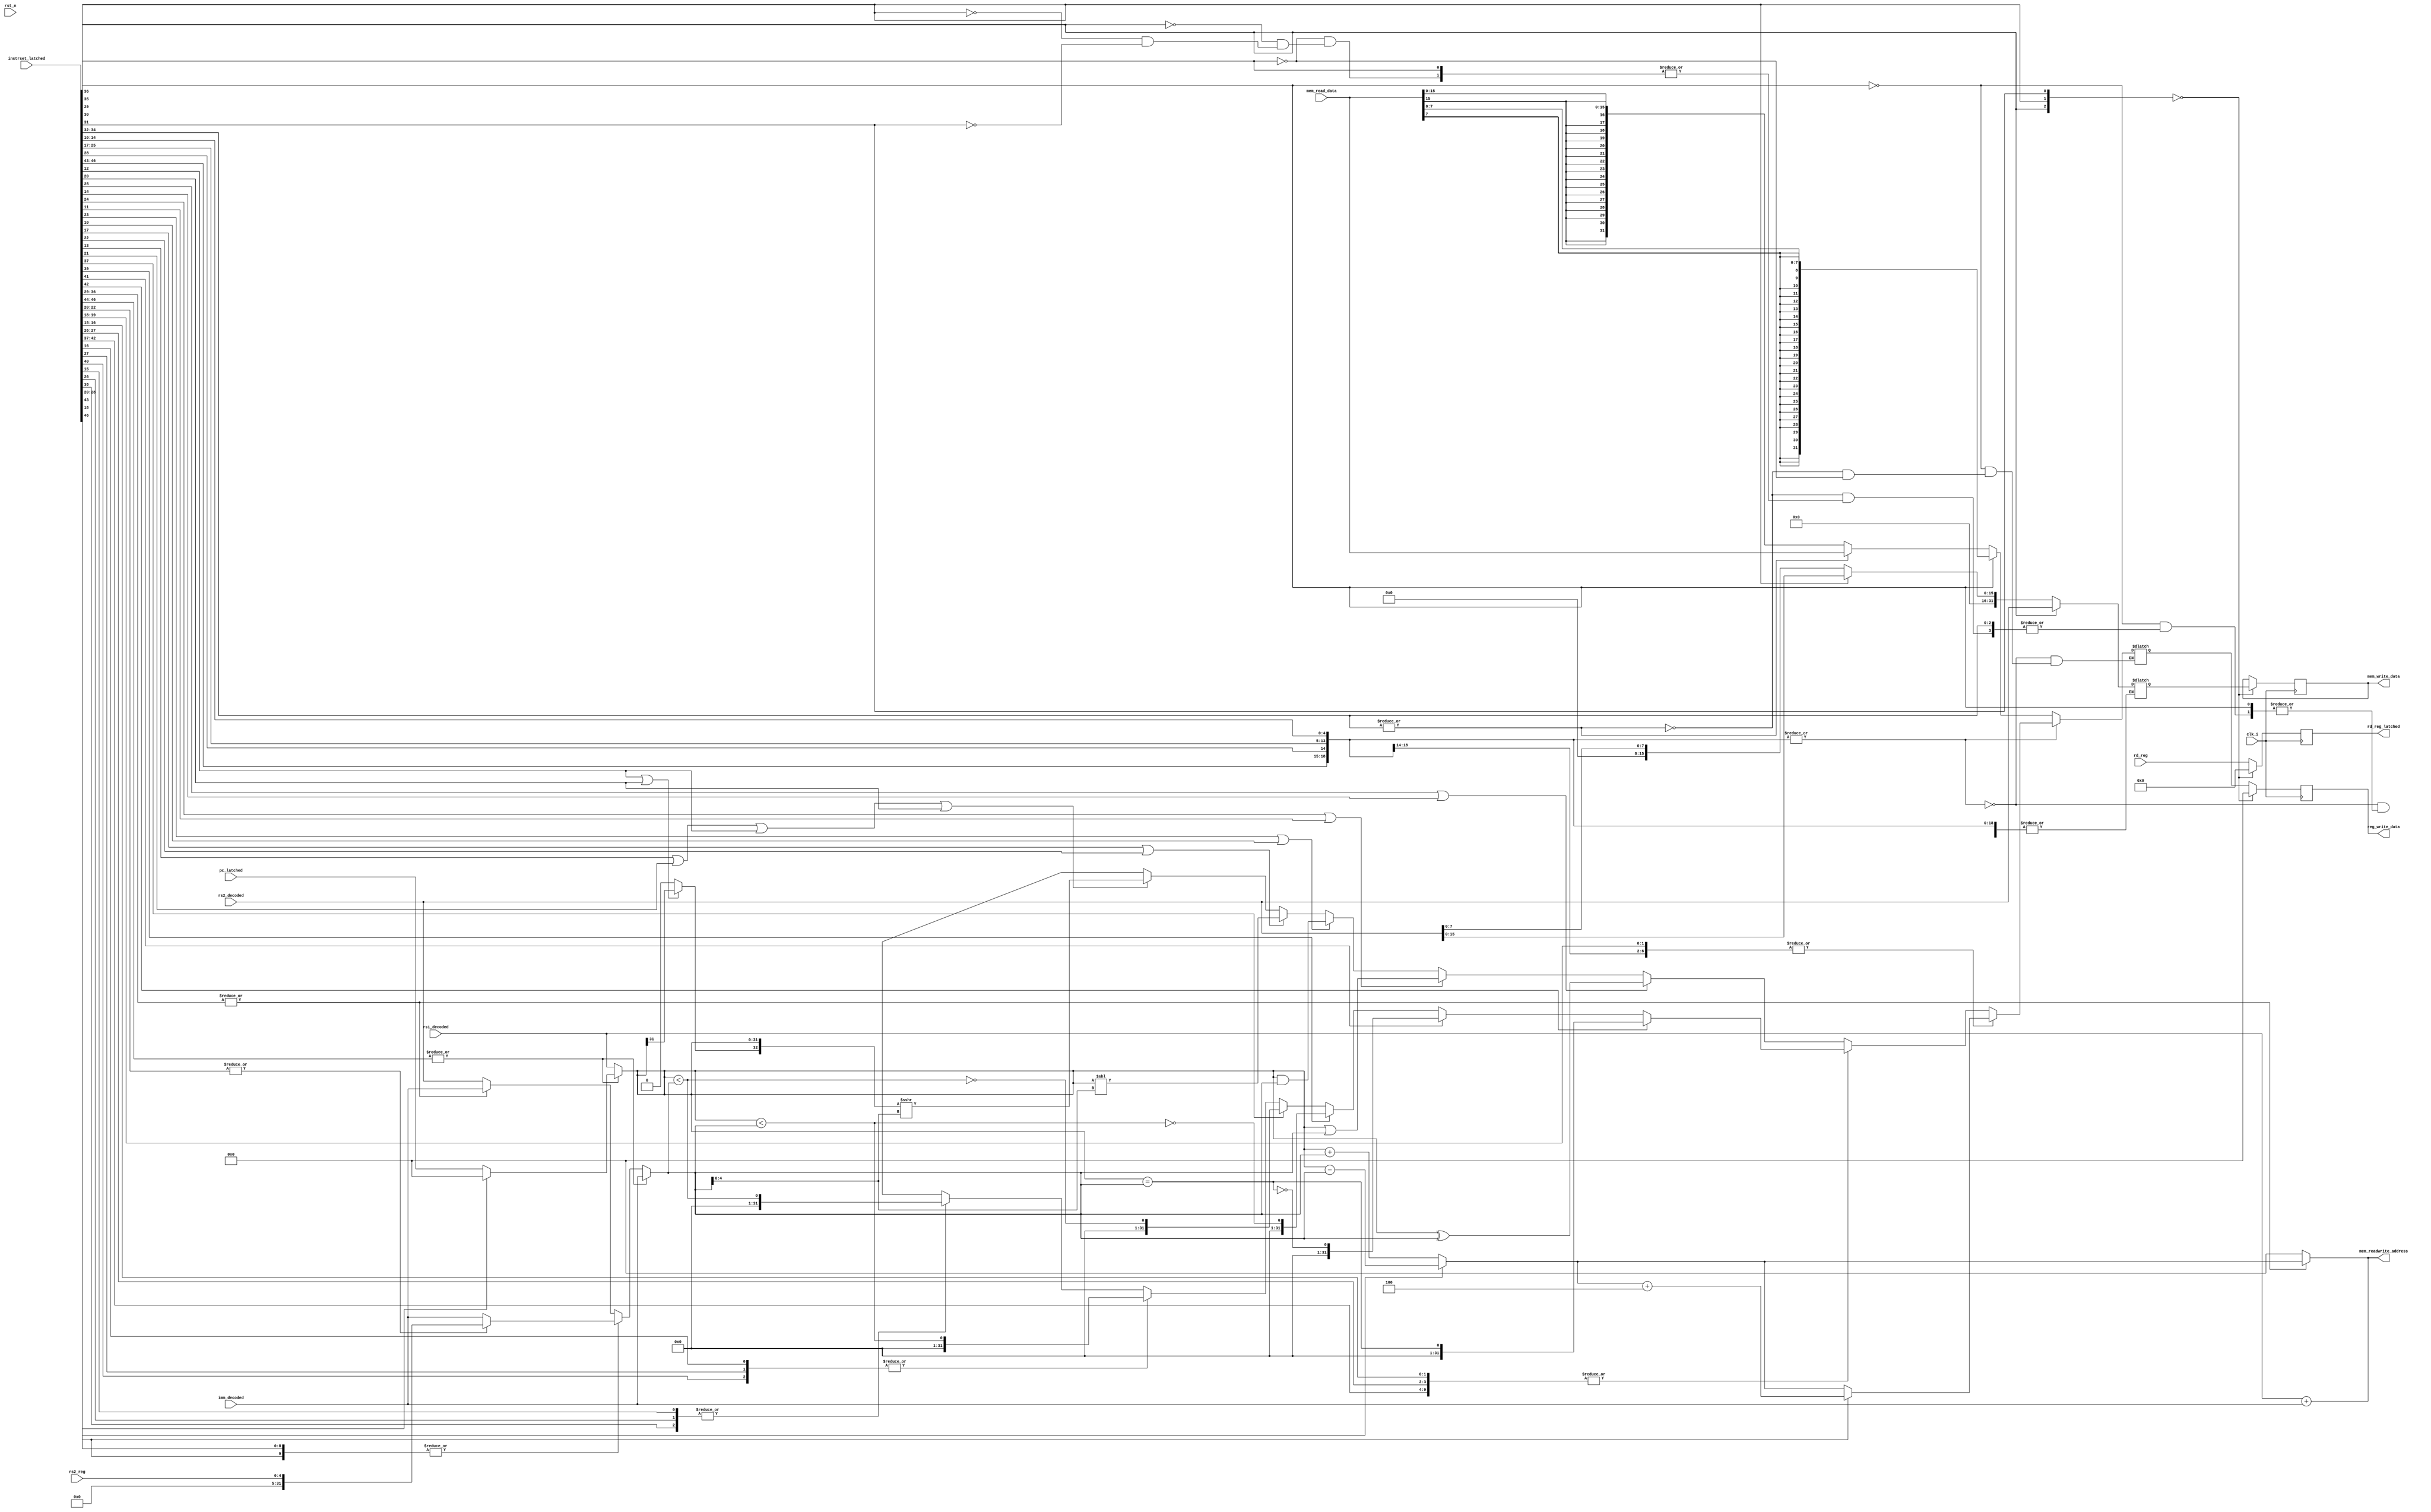
module priRV32_EXU( 
    input clk_i,
    input rst_n,
    output reg[31:0] mem_readwrite_address,
    input [31:0] mem_read_data,
    output reg[31:0] mem_write_data,
    output reg [4:0] rd_reg_latched,
    output reg[31:0] reg_write_data,
    input [31:0] imm_decoded,
    input [31:0] rs1_decoded,
    input [31:0] rs2_decoded,
    input [31:0] pc_latched,
    input [4:0] rs2_reg,
    input [4:0] rd_reg,
    input [46:0] instrset_latched
);

    wire instr_lui, instr_auipc, instr_jal, instr_jalr;
    wire instr_beq, instr_bne, instr_blt, instr_bge, instr_bltu, instr_bgeu;
    wire instr_lb, instr_lh, instr_lw, instr_lbu, instr_lhu, instr_sb, instr_sh, instr_sw;
    wire instr_addi, instr_slti, instr_sltiu, instr_xori, instr_ori, instr_andi, instr_slli, instr_srli, instr_srai;
    wire instr_add, instr_sub, instr_sll, instr_slt, instr_sltu, instr_xor, instr_srl, instr_sra, instr_or, instr_and;
    wire instr_fence, instr_fencei, instr_ecall, instr_ebreak, is_beq_bne_blt_bge_bltu_bgeu;
    wire instr_csrrw, instr_csrrs, instr_csrrc, instr_csrrwi, instr_csrrsi, instr_csrrci;
    wire is_lui_auipc_jal, is_lb_lh_lw_lbu_lhu, is_slli_srli_srai, is_jalr_addi_slti_sltiu_xori_ori_andi, is_sb_sh_sw;

    assign  {instr_lui, instr_auipc, instr_jal, instr_jalr, instr_beq, instr_bne, instr_blt, instr_bge
            , instr_bltu, instr_bgeu, instr_lb, instr_lh, instr_lw, instr_lbu, instr_lhu, instr_sb, instr_sh
            , instr_sw, instr_addi, instr_slti, instr_sltiu, instr_xori, instr_ori, instr_andi, instr_slli
            , instr_srli, instr_srai, instr_add, instr_sub, instr_sll, instr_slt, instr_sltu, instr_xor
            , instr_srl, instr_sra, instr_or, instr_and, instr_fence, instr_fencei, instr_ecall
            , instr_ebreak, instr_csrrw, instr_csrrs, instr_csrrc, instr_csrrwi, instr_csrrsi, instr_csrrci} = instrset_latched;
    assign is_beq_bne_blt_bge_bltu_bgeu = |{instr_beq, instr_bne, instr_blt, instr_bge, instr_bltu, instr_bgeu};
    assign is_lui_auipc_jal = |{instr_lui, instr_auipc, instr_jal};
    assign is_lb_lh_lw_lbu_lhu = |{instr_lb, instr_lh, instr_lw, instr_lbu, instr_lhu};
    assign is_slli_srli_srai = |{instr_slli, instr_srli, instr_srai};
    assign is_jalr_addi_slti_sltiu_xori_ori_andi = |{instr_jalr, instr_addi, instr_slti, instr_sltiu, instr_xori, instr_ori, instr_andi};
    assign is_sb_sh_sw = |{instr_sb, instr_sh, instr_sw};

    reg [31:0] alu_out, alu_add_sub, alu_shl, alu_shr, reg_op1, reg_op2, reg_out, mem_out;
    reg alu_eq, alu_ltu, alu_lts;
    always @* begin
        mem_readwrite_address <= rs1_decoded + imm_decoded;
        /* ALU shift, addition, subtraction and comparison calculations */
        alu_add_sub <= instr_sub ? reg_op1 - reg_op2 : reg_op1 + reg_op2;
        alu_eq <= reg_op1 == reg_op2;
        alu_lts <= $signed(reg_op1) < $signed(reg_op2);
        alu_ltu <= reg_op1 < reg_op2;
        alu_shl <= reg_op1 << reg_op2[4:0];
        alu_shr <= $signed({instr_sra || instr_srai ? reg_op1[31] : 1'b0, reg_op1}) >>> reg_op2[4:0];
        /* ALU output data processing */
        alu_out <= 'bx;
        case (1'b1)
			|{instr_lui, instr_auipc, instr_jal, instr_jalr, instr_addi, instr_add, instr_sub}:
				alu_out <= instr_jalr ? alu_add_sub + 32'd4 : alu_add_sub;
			|{is_beq_bne_blt_bge_bltu_bgeu, instr_slti, instr_slt, instr_sltiu, instr_sltu}: begin
                case (1'b1)
                    instr_beq:
                        alu_out <= alu_eq;
                    instr_bne:
                        alu_out <= !alu_eq;
                    instr_bge:
                        alu_out <= !alu_lts;
                    instr_bgeu:
                        alu_out <= !alu_ltu;
                    |{instr_slti, instr_blt, instr_slt}:
                        alu_out <= alu_lts;
                    |{instr_sltiu, instr_bltu, instr_sltu}:
                        alu_out <= alu_ltu;
                endcase
            end
			instr_xori || instr_xor:
				alu_out <= reg_op1 ^ reg_op2;
			instr_ori || instr_or:
				alu_out <= reg_op1 | reg_op2;
			instr_andi || instr_and:
				alu_out <= reg_op1 & reg_op2;
			instr_sll || instr_slli:
				alu_out <= alu_shl;
			instr_srl || instr_srli || instr_sra || instr_srai:
				alu_out <= alu_shr;
		endcase
    end

    /* ALU incoming value selection */
    always @(*) begin
        reg_op1 <= rs1_decoded;
        reg_op2 <= rs2_decoded;
        case (1'b1)
            is_lui_auipc_jal: begin
                reg_op1 <= instr_lui ? 0 : pc_latched;
                reg_op2 <= imm_decoded;
            end
            |{is_jalr_addi_slti_sltiu_xori_ori_andi, is_slli_srli_srai}:
                reg_op2 <= is_slli_srli_srai ? rs2_reg : imm_decoded;
            |{is_lb_lh_lw_lbu_lhu, is_sb_sh_sw}:
                reg_op2 <= imm_decoded;
        endcase
    end

    always @(*) begin
        if (|{is_lb_lh_lw_lbu_lhu, is_sb_sh_sw})
            mem_readwrite_address <= alu_add_sub;
        else
            mem_readwrite_address <= 32'b0;
    end

    always @(*) begin
        case (1'b1)
            |{instr_lui, instr_auipc, instr_jal, instr_jalr, instr_addi, instr_add, instr_sub
            , instr_xori, instr_xor, instr_ori, instr_or, instr_andi, instr_and, instr_sll, instr_slli
            , instr_srl, instr_srli, instr_sra, instr_srai}:
                reg_out <= alu_out;
            instr_lb:
                reg_out <= $signed(mem_read_data[7:0]);
            |{instr_lbu, instr_lhu, instr_lw}:
                reg_out <= mem_read_data;
			instr_lh:
                reg_out <= $signed(mem_read_data[15:0]);
            instr_sw:
                mem_out <= rs2_decoded;
            instr_sh:
                mem_out <= {16'h0000, rs2_decoded[15:0]};
            instr_sb:
                mem_out <= {24'h000000, rs2_decoded[7:0]};
        endcase
    end

    always @(posedge clk_i) begin
        if(!{instr_sw, instr_sh, instr_sb}) begin
            mem_write_data <= mem_out;

            reg_write_data <= 32'h00000000;
            rd_reg_latched <= 5'd0;
        end else begin
            reg_write_data <= reg_out;
            rd_reg_latched <= rd_reg;
        end
    end
    
endmodule